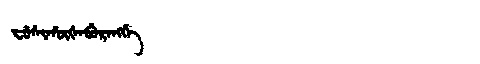
Manchu: ᠸᡠᠰᡳᡥᡡᡧᠠᠪᡠᡵᠠᠩᡤᡝ
Romanization: FUSIHŪŠABURANGGE